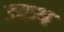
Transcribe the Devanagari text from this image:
उकथ